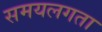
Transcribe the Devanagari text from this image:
समयलगता